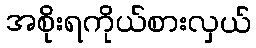
အစိုးရကိုယ်စားလှယ်